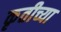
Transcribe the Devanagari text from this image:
कृतीच्या